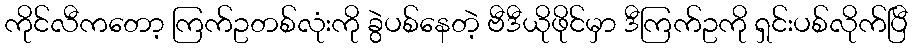
ကိုင်လီကတော့ ကြက်ဥတစ်လုံးကို ခွဲပစ်နေတဲ့ ဗီဒီယိုဖိုင်မှာ ဒီကြက်ဥကို ရှင်းပစ်လိုက်ပြီ